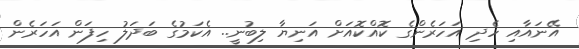
އޭނައާއި ހެދި އަހަރެންގެ ކޮއްކޮއަށް އަނިޔާ ލިބުނީ.. އެކަމުގެ ބަދަލު ހިފަން އަހަރެން